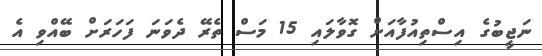
ނަޖީބުގެ އިސްތިއުފާއަށް ގޮވާލައި 15 މަސް ތެރޭ ދެވަނަ ފަހަރަށް ބޭއްވި އެ